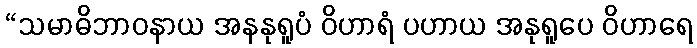
“သမာဓိဘာဝနာယ အနနုရူပံ ဝိဟာရံ ပဟာယ အနုရူပေ ဝိဟာရေ